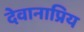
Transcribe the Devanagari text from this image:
देवानाप्रिय